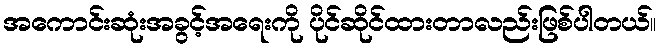
အကောင်းဆုံးအခွင့်အရေးကို ပိုင်ဆိုင်ထားတာလည်းဖြစ်ပါတယ်။